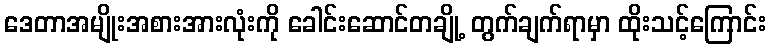
ဒေတာအမျိုးအစားအားလုံးကို ခေါင်းဆောင်တချို့ တွက်ချက်ရာမှာ ထိုးသင့်ကြောင်း